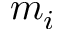
m _ { i }